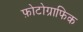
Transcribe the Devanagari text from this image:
फ़ोटोग्राफिक